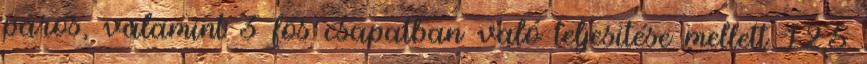
páros, valamint 3 fős csapatban való teljesítése mellett 12,5